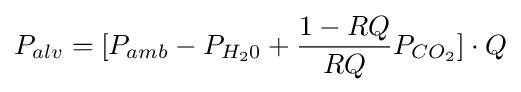
P_{alv}=[P_{amb}-P_{H_{2}0}+{\frac {1-RQ}{RQ}}P_{CO_{2}}]\cdot Q